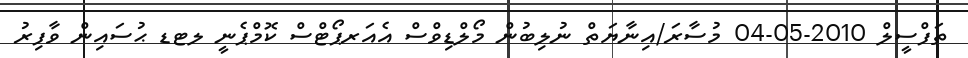
ތަފްސީލް 2010-05-04 މުސާރަ/އިނާޔަތް ނުލިބުން މޯލްޑިވްސް އެއަރޕޯޓްސް ކޮމްޕެނީ ލޓޑ ޙުސައިން ވާފިރު